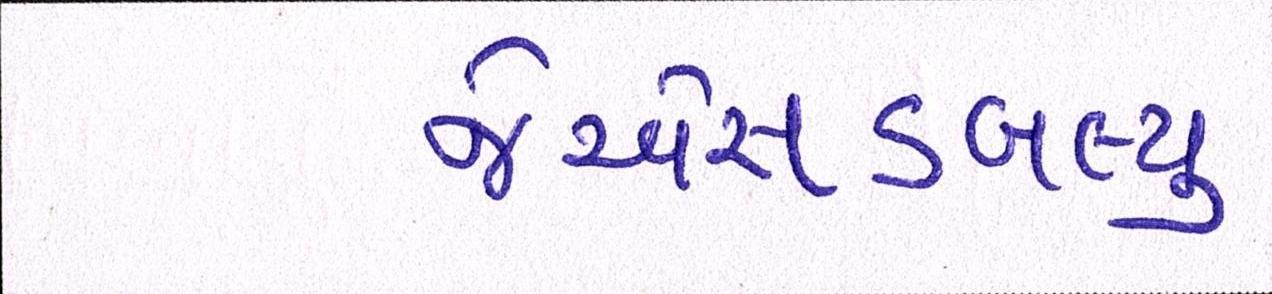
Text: જેએસડબલ્યુ